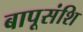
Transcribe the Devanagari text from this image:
बापूसंशि